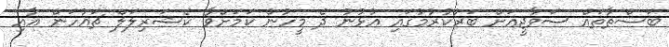
ބަސްތާތައް ސަވާޖީއަށް ބަރުކުރުމުގައި އުޅުނު ދެ މީހުން ކަމަށްވާ ކެޝަރިލަލް ޗައުހަން އާއި